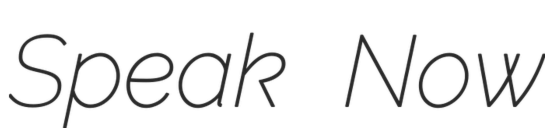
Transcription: Speak Now